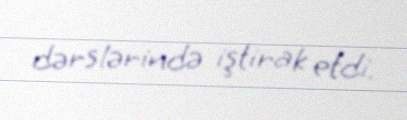
dərslərində iştirak etdi.